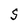
Character: S